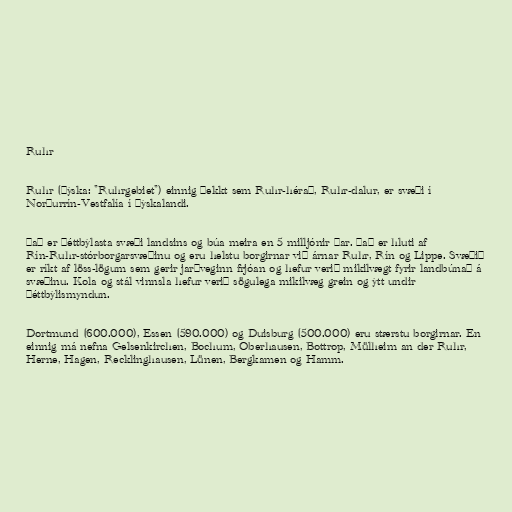
Ruhr

Ruhr (þýska: "Ruhrgebiet") einnig þekkt sem Ruhr-hérað, Ruhr-dalur, er svæði í
Norðurrín-Vestfalía í Þýskalandi.

Það er þéttbýlasta svæði landsins og búa meira en 5 milljónir þar. Það er hluti af
Rín-Ruhr-stórborgarsvæðinu og eru helstu borgirnar við árnar Ruhr, Rín og Lippe. Svæðið
er ríkt af löss-lögum sem gerir jarðveginn frjóan og hefur verið mikilvægt fyrir landbúnað á
svæðinu. Kola og stál vinnsla hefur verið sögulega mikilvæg grein og ýtt undir
þéttbýlismyndun.

Dortmund (600.000), Essen (590.000) og Duisburg (500.000) eru stærstu borgirnar. En
einnig má nefna Gelsenkirchen, Bochum, Oberhausen, Bottrop, Mülheim an der Ruhr,
Herne, Hagen, Recklinghausen, Lünen, Bergkamen og Hamm.